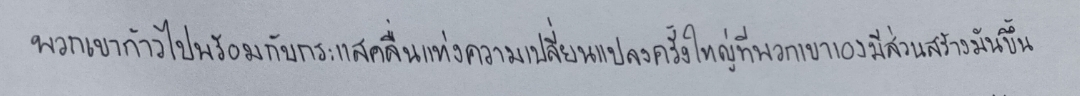
พวกเขาก้าวไปพร้อมกับกระแสคลื่นแห่งความเปลี่ยนแปลงครั้งใหญ่ที่พวกเขาเองมีส่วนสร้างมันขึ้น